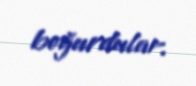
boğurdular.